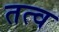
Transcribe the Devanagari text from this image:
तत्व